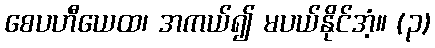
စေပဟီယေထ၊ အကယ်၍ မပယ်နိုင်အံ့။ (၃)